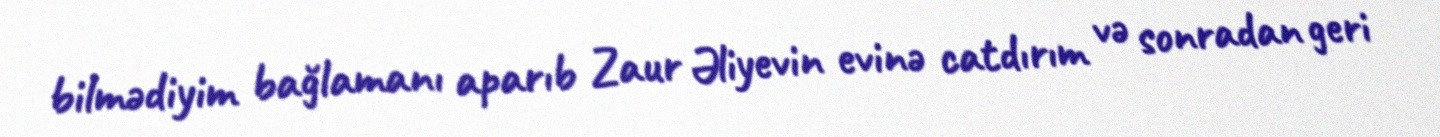
bilmədiyim bağlamanı aparıb Zaur Əliyevin evinə catdırım və sonradan geri